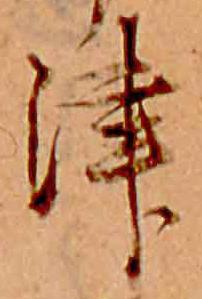
津